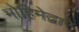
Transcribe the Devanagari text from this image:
मोहिमेद्वारे